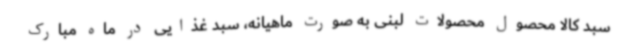
سبد کالا محصول محصولات لبنی به صورت ماهیانه، سبد غذایی در ماه مبارک